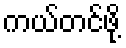
ကယ်တင်ဖို့